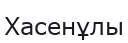
Хасенұлы